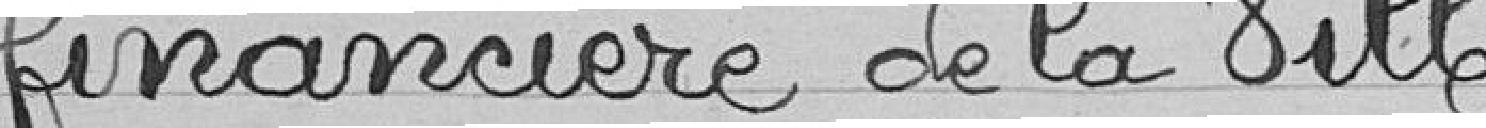
Financière de la Ville